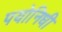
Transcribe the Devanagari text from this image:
पयोनिधी